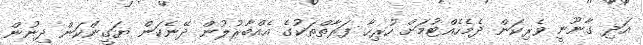
އަދި ގާނޫނީ ވެރިކަން ދެމެހެއްޓުމަށް ހުރިހާ ފަރާތްތަކުގެ އެއްބާރުލުން ދޭނެކަން ޔަގީންކަން ދިނުން